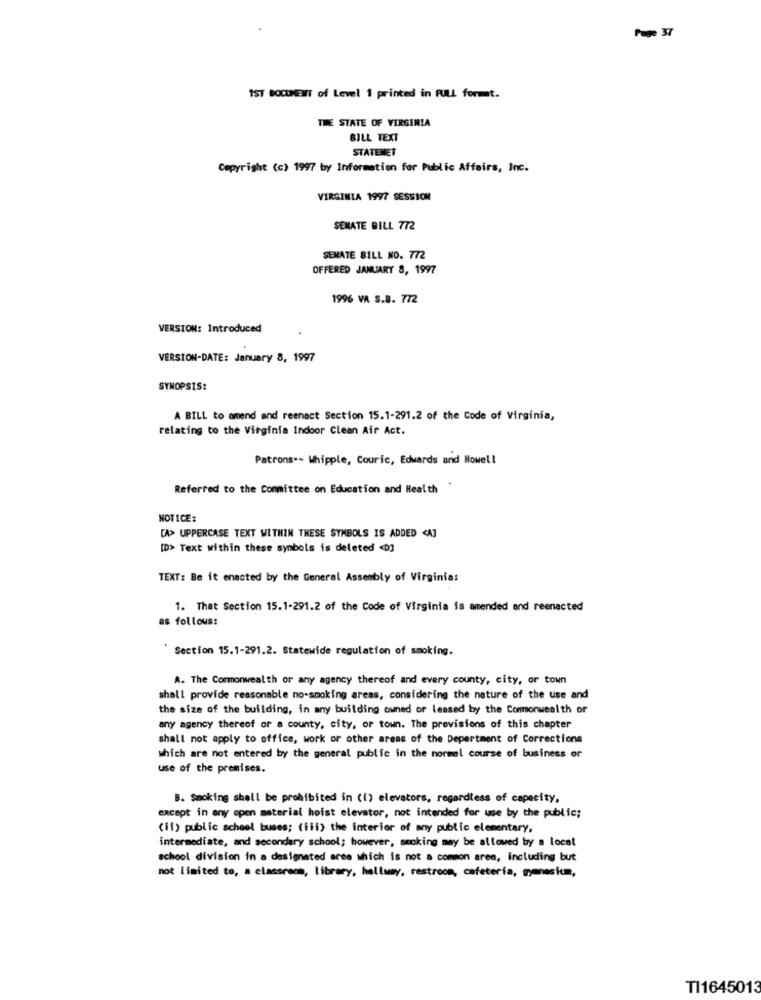
Page 37
1ST DOCUMENT of Level 1 printed in FULL format.
THE STATE OF VIRGINIA
BILL TEXT
STATENET
Copyright (c) 1997 by Information for Public Affairs, Inc.
VIRGINIA 1997 SESSION
SENATE BILL 772
SENATE BILL NO. 772
OFFERED JANUARY 8, 1997
1996 VA S.B. 772
VERSION: Introduced
VERSION-DATE: January 8, 1997
SYNOPSIS:
A BILL to amend and reenact Section 15.1-291.2 of the Code of Virginia,
relating to the Virginia Indoor Clean Air Act.
Patrons .- Whipple, Couric, Edwards and Howell
Referred to the Committee on Education and Health
NOTICE:
[A> UPPERCASE TEXT WITHIN THESE SYMBOLS IS ADDED <A]
[D> Text within these symbols is deleted <D]
TEXT: Be it enacted by the General Assembly of Virginia:
1. That Section 15.1-291.2 of the Code of Virginia is amended and reenacted
as follows:
Section 15.1-291.2. Statewide regulation of smoking.
A. The Commonwealth or any agency thereof and every county, city, or town
shall provide reasonable no-smoking areas, considering the nature of the use and
the size of the building, in any building owned or leased by the Commonwealth or
any agency thereof or a county, city, or town. The provisions of this chapter
shall not apply to office, work or other areas of the Department of Corrections
which are not entered by the general public in the normel course of business or
use of the premises.
B. Smoking shall be prohibited in (1) elevators, regardless of capacity,
except in any open material hoist elevator, not intended for use by the public;
(if) public school buses; (iii) the interior of any public elementary,
intermediate, and secondary school; however, smoking may be allowed by a local
school division in a designated area which is not a common arem, including but
not limited to, a classroom, library, hallway, restroom, cafetería, gymnasium,
TI1645013